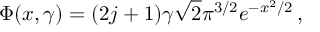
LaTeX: \Phi ( x , \gamma ) = ( 2 j + 1 ) \gamma \sqrt { 2 } \pi ^ { 3 / 2 } e ^ { - x ^ { 2 } / 2 } \, ,